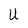
Character: U